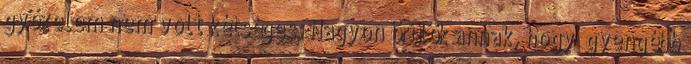
győzelem nem volt kétséges. Nagyon örülök annak, hogy „gyengébb